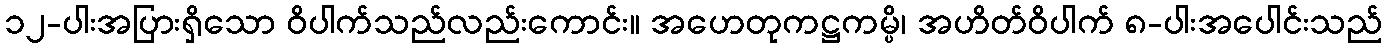
၁၂-ပါးအပြားရှိသော ဝိပါက်သည်လည်းကောင်း။ အဟေတုကဋ္ဌကမ္ပိ၊ အဟိတ်ဝိပါက် ၈-ပါးအပေါင်းသည်